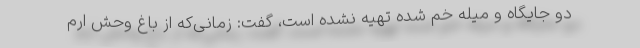
دو جایگاه و میله خم شده تهیه نشده است، گفت: زمانی‌که از باغ وحش ارم